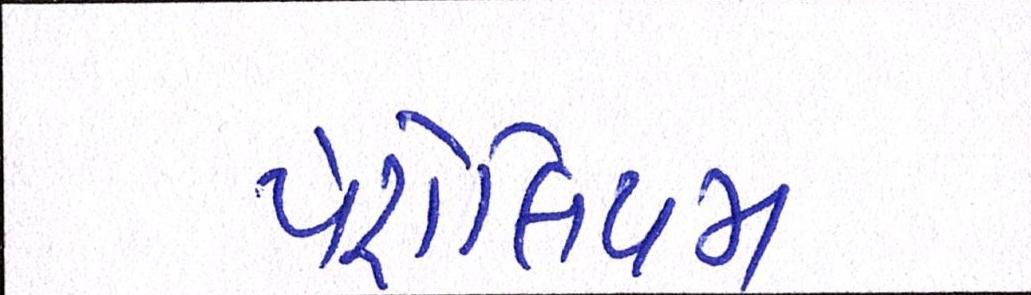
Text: પેટ્રોલિયમ